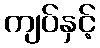
ကျပ်နှင့်